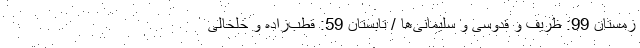
زمستان 99: ظریف و قدوسی و سلیمانی‌ها / تابستان 59: قطب‌زاده و خلخالی